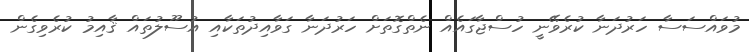
މުވައްސަސާ ހަރުދަނާ ކުރެވޭނީ ހުސްޖާގައެއް ނެތްގޮތަށް ހަރުދަނާ ގަވާއިދުތަކާއި އުސޫލުތައް ޤާއިމު ކުރެވިގެން